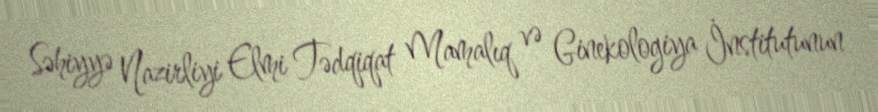
Səhiyyə Nazirliyi Elmi Tədqiqat Mamalıq və Ginekologiya İnstitutunun